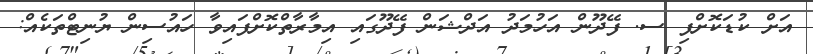
އަށް ކުޑަކޮށްފި ސ. ފޭދޫން އަހުމަދު އަދްޝަން ފޭދޫގައި އިމާރާތްކޮށްފައިވާ ހައުސިން ޔުނިޓްތަކެއް: